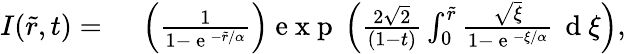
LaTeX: \begin{array}{rl}{I(\tilde{r},t)=}&{{}\; \left(\frac{1}{1-\mathrm{~e~}^{-\tilde{r}/\alpha}}\right)\mathrm{~e~x~p~}\left(\frac{2\sqrt{2}}{(1-t)}\int_{0}^{\tilde{r}}\frac{\sqrt{\xi}}{1-\mathrm{~e~}^{-\xi/\alpha}}\, \mathrm{~d~}\xi\right),}\end{array}